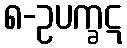
၈-ဥပက္ခဋ